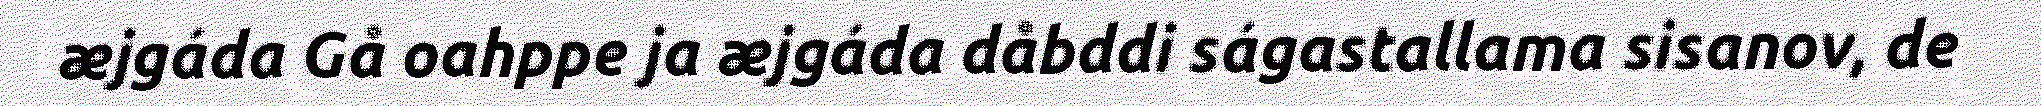
æjgáda Gå oahppe ja æjgáda dåbddi ságastallama sisanov, de